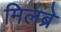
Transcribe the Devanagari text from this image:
मिलब्रे